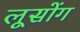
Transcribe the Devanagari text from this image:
लूसोंग